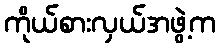
ကိုယ်စားလှယ်အဖွဲ့က